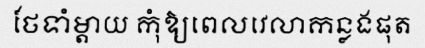
ថែទាំម្តាយ កុំឱ្យពេលវេលាកន្លងផុត